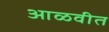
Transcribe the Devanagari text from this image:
आळवीत